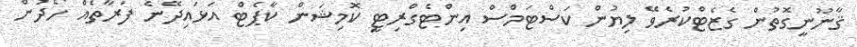
ޤާނޫނީގޮތުން ގެޒެޓްކުރެވޭ ލިޔުން ކަސްޓަމްސް އިންޓެގްރިޓީ ކޮމިޝަން ކާޕެޓް އަޅައިދޭނެ ފަރާތެއް ހޯދުން